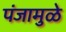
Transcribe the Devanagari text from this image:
पंजामुळे